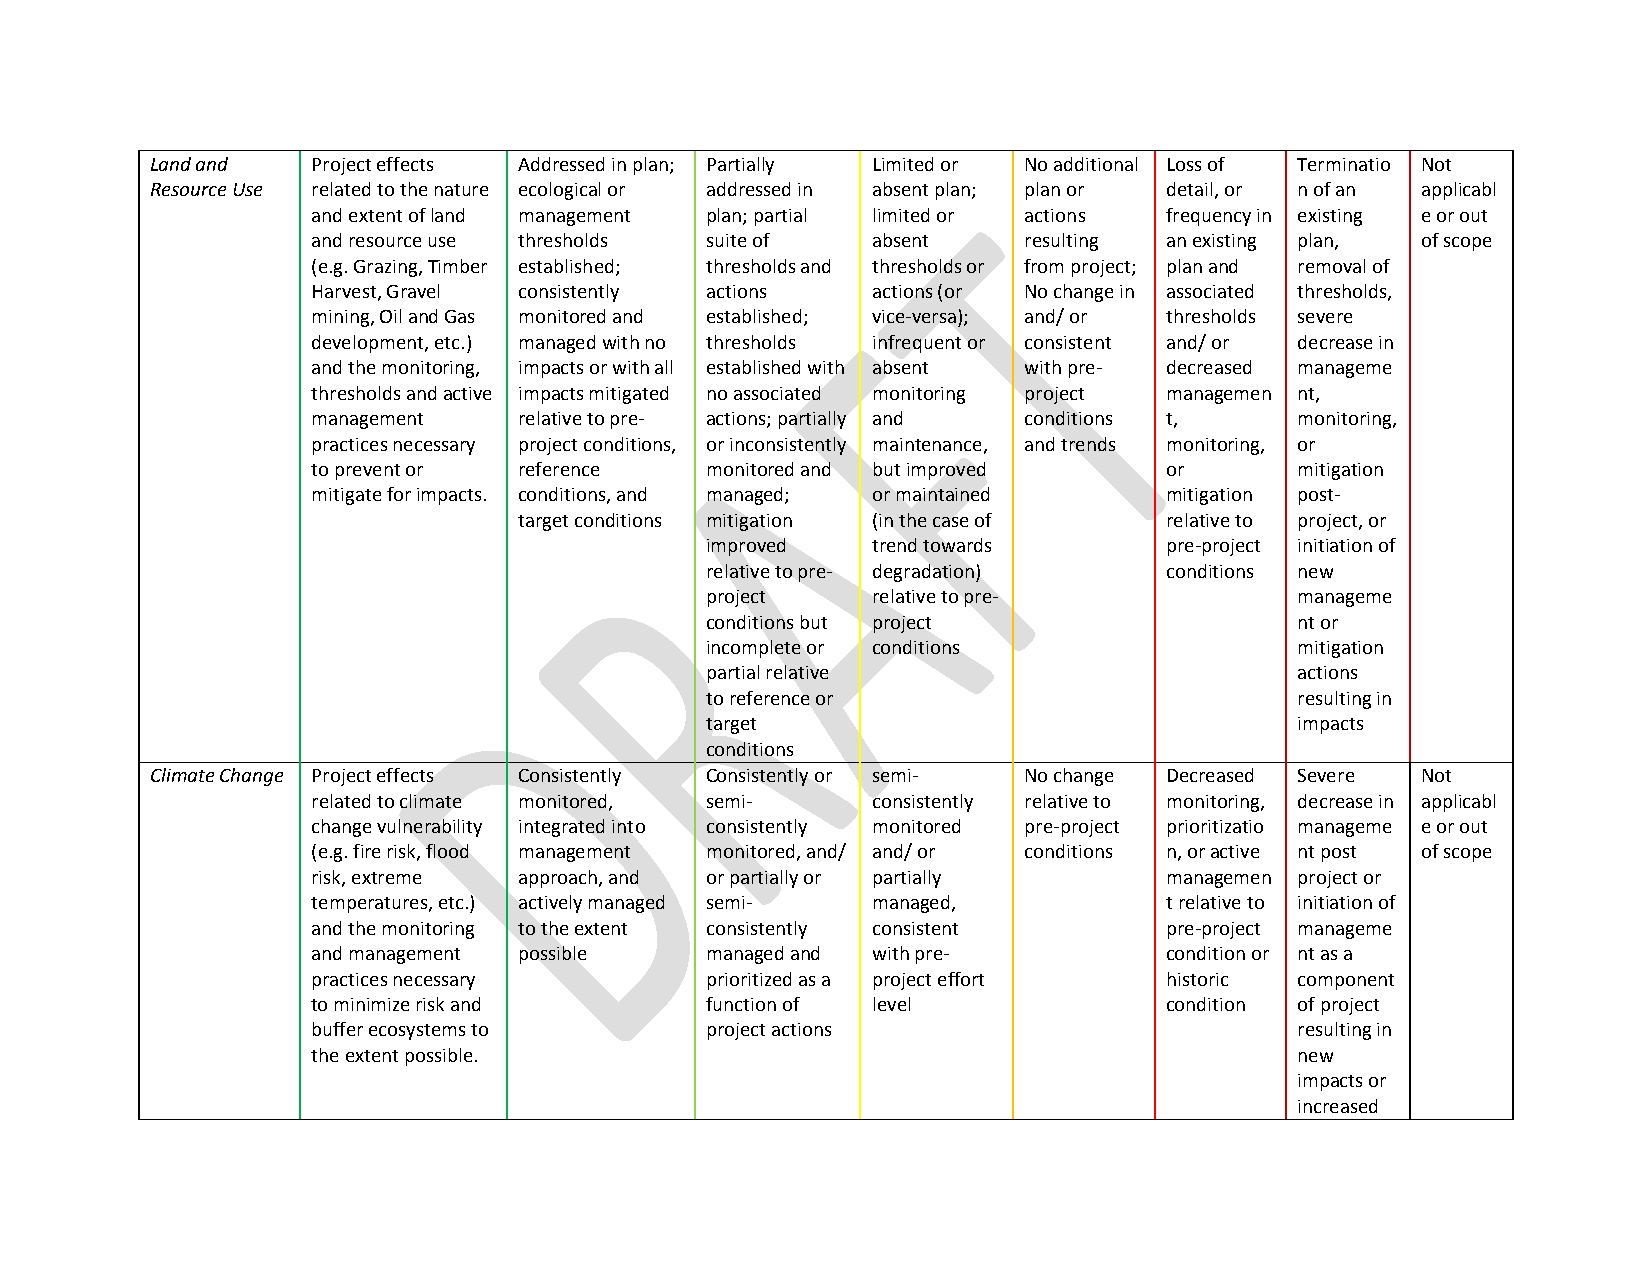
Land and   Project effects Addressed in plan; Partially Limited or No additional Loss of Terminatio Not
 Resource Use related to the nature ecological or addressed in absent plan; plan or detail, or n of an applicabl
 and extent of land management plan; partial limited or actions frequency in existing e or out
 and resource use thresholds suite of absent    resulting an existing plan, of scope
 (e.g. Grazing, Timber established; thresholds and thresholds or from project; plan and removal of
 Harvest, Gravel consistently actions actions (or No change in associated thresholds,
 mining, Oil and Gas monitored and established; vice-versa); and/ or thresholds severe
 development, etc.) managed with no thresholds infrequent or consistent and/ or decrease in
 and the monitoring, impacts or with all established with absent with pre- decreased manageme
 thresholds and active impacts mitigated no associated monitoring project managemen nt,
 management   relative to pre- actions; partially and conditions t, monitoring,
 practices necessary project conditions, or inconsistently maintenance, and trends monitoring, or
 to prevent or reference   monitored and but improved    or       mitigation
 mitigate for impacts. conditions, and managed; or maintained mitigation post-
 target conditions mitigation (in the case of relative to project, or
 improved   trend towards      pre-project initiation of
 relative to pre- degradation) conditions new
 project    relative to pre-            manageme
 conditions but project                 nt or
 incomplete or conditions               mitigation
 partial relative                       actions
 to reference or                        resulting in
 target                                 impacts
 conditions
 Climate Change Project effects Consistently Consistently or semi- No change Decreased Severe Not
 related to climate monitored, semi-  consistently relative to monitoring, decrease in applicabl
 change vulnerability integrated into consistently monitored pre-project prioritizatio manageme e or out
 (e.g. fire risk, flood management monitored, and/ and/ or conditions n, or active nt post of scope
 risk, extreme approach, and or partially or partially   managemen project or
 temperatures, etc.) actively managed semi- managed,     t relative to initiation of
 and the monitoring to the extent consistently consistent pre-project manageme
 and management possible   managed and with pre-         condition or nt as a
 practices necessary       prioritized as a project effort historic component
 to minimize risk and      function of level             condition of project
 buffer ecosystems to      project actions                        resulting in
 the extent possible.                                             new
 impacts or
 increased